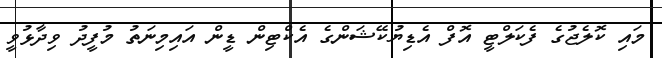
މައި ކޮލެޖުގެ ފެކަލްޓީ އޮފް އެޑިޔުކޭޝަންގެ އެކްޓިން ޑީން އައިމިނަތު މުފީދު ވިދާޅުވީ